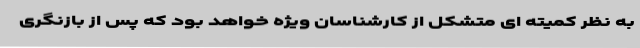
به نظر کمیته ای متشکل از کارشناسان ویژه خواهد بود که پس از بازنگری